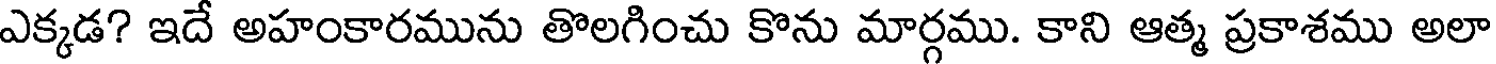
ఎక్కడ? ఇదే అహంకారమును తొలగించు కొను మార్గము. కాని ఆత్మ ప్రకాశము అలా